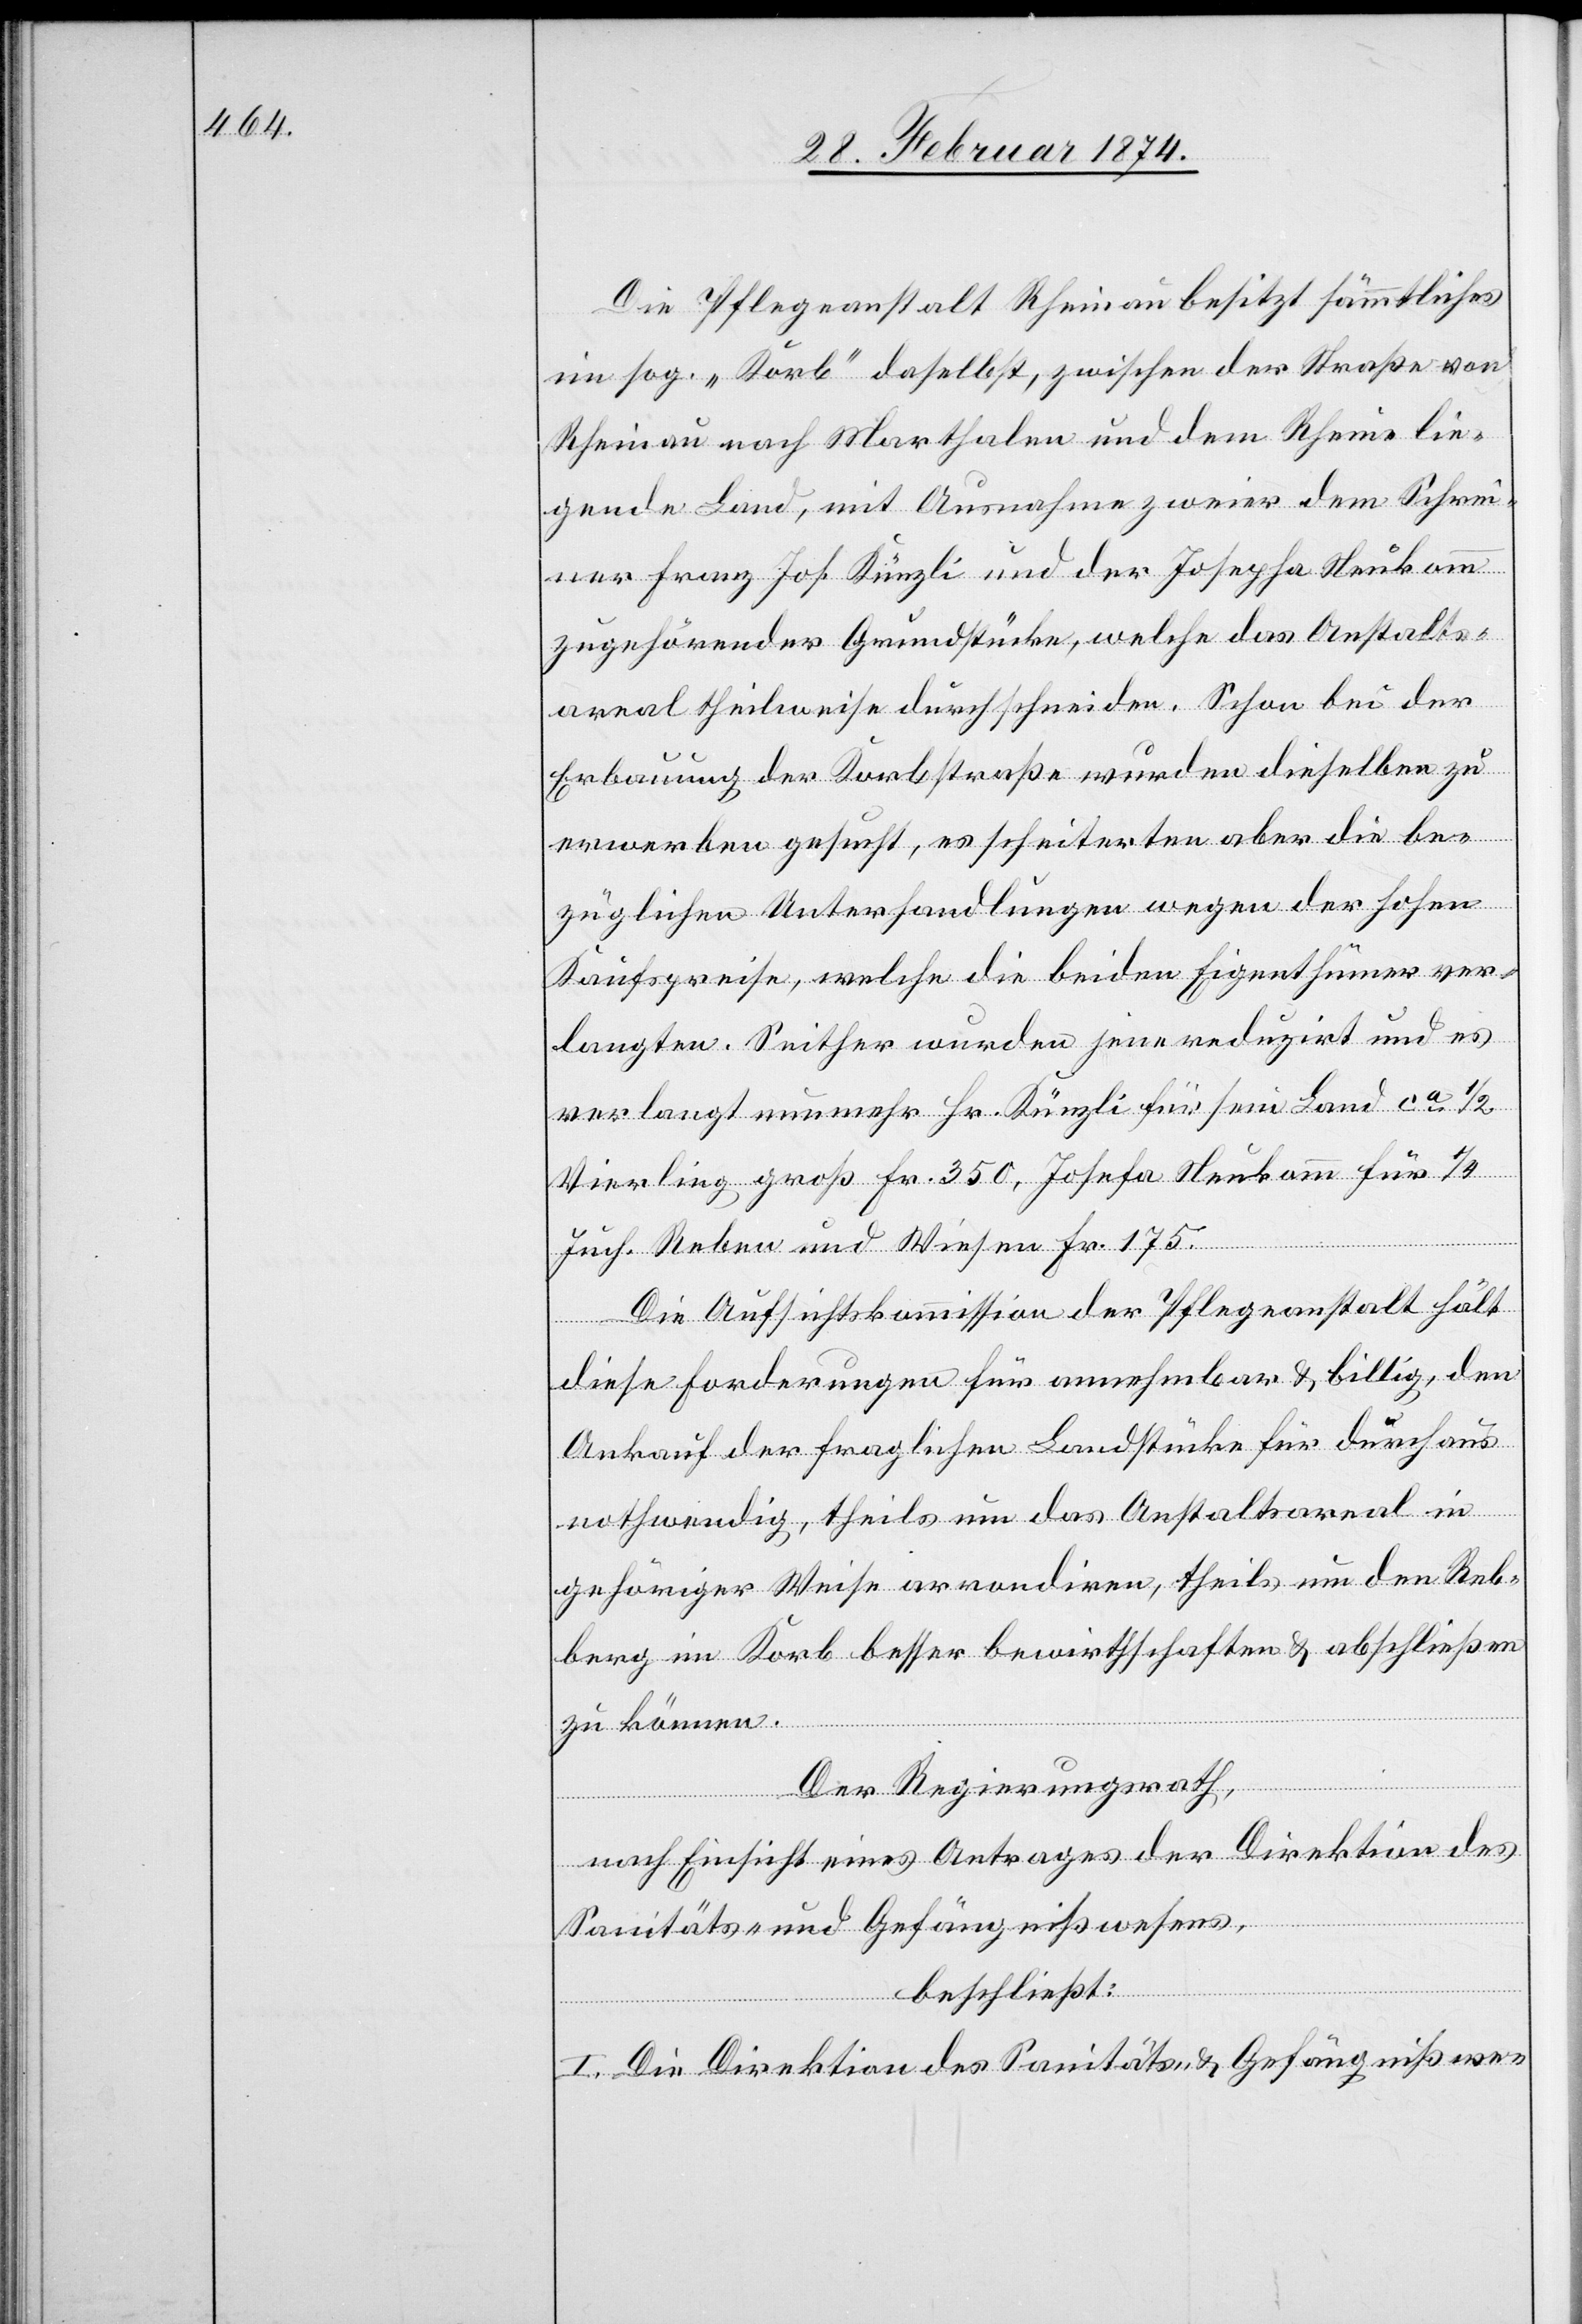
Die Pflegeanstalt Rheinau besitzt sämmtliches
im sog. „Korb“ daselbst, zwischen der Straße von
Rheinau nach Marthalen und dem Rheine lie¬
gende Land, mit Ausnahme zweier dem Schrei¬
ner Franz Joh. Künzli und der Josepha Neukomm
zugehörender Grundstücke, welche das Anstalts¬
areal theilweise durchschneiden. Schon bei der
Erbauung der Korbstraße wurden dieselben zu
erwerben gesucht, es scheiterten aber die be¬
züglichen Unterhandlungen wegen der hohen
Kaufspreise, welche die beiden Eigenthümer ver¬
langten. Seither wurden jene reduzirt und es
verlangt nunmehr Hr. Künzli für sein Land ca 1/2
Vierling groß Fr. 350, Josefa Neukomm für 1/4
Juch. Reben und Wiesen Fr. 175.
Die Aufsichtskommission der Pfleganstalt hält
diese Forderungen für annehmbar u. billig, den
Ankauf der fraglichen Landstücke für durchaus
nothwendig, theils um das Anstaltsareal in
gehöriger Weise arrodiren, theils um den Reb¬
berg im Korb besser bewirthschaften u. abschließen
zu können.
Der Regierungsrath,
nach Einsicht eines Antrages der Direktion des
Sanitäts- und Gefängnißwesens,
beschließt:
I. Die Direktion des Sanitäts- u. Gefängnißwe-